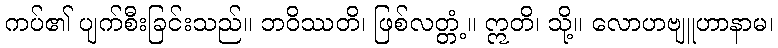
ကပ်၏ ပျက်စီးခြင်းသည်။ ဘဝိဿတိ၊ ဖြစ်လတ္တံ့။ ဣတိ၊ သို့။ လောဟဗျူဟာနာမ၊